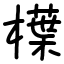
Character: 𣜿